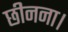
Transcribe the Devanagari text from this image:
छीनना।